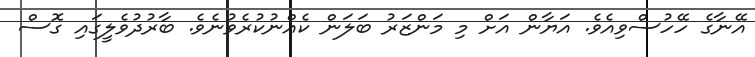
އޭނާގެ ހޭހުސްވިއެވެ. އަޔާން އަށް މި މަންޒަރު ބަލަން ކެއްނުކުރެވުނެވެ. ބާރުދުވެލީގައި ގޮސް